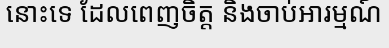
នោះទេ ដែលពេញចិត្ត និងចាប់អារម្មណ៍